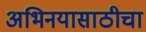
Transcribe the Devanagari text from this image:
अभिनयासाठीचा